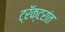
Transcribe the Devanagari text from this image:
ट्रॅक्टरांत